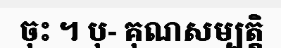
ចុះ ។ បុ- គុណសម្បត្តិ